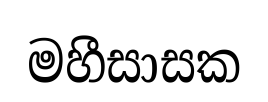
මහීසාසක